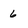
Character: 6